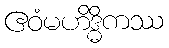
ဧဝံမဟိဒ္ဓိကဿ